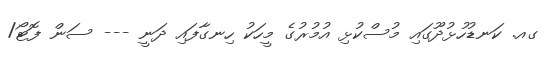
ގއ. ކަނޑުހުޅުދޫގައި މުސްކުޅި އުމުރުގެ މީހަކު ހިނގާފައި ދަނީ --- ސަން ފޮޓޯ/